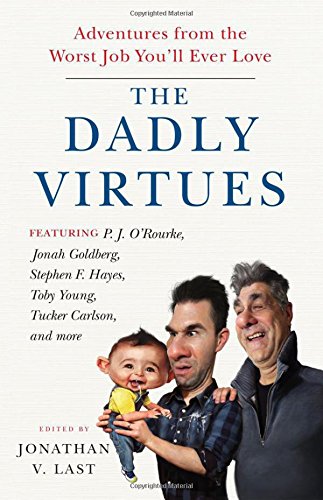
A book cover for The Dadly Virtues: Adventures from the Worst Job You'll Ever Love; Parenting & Relationships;